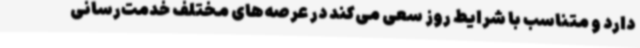
دارد و متناسب با شرایط روز سعی می‌کند در عرصه‌های مختلف خدمت‌رسانی